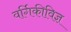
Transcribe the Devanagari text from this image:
वर्गिकीविज्ञ